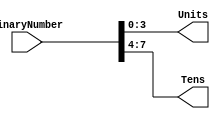
module BinaryCoder
(
	//Input Ports
	input [7:0]BinaryNumber,
	
	//Output Ports
	output [3:0]Units,
	output [3:0]Tens
);



assign Tens = BinaryNumber[7:4];
assign Units  = BinaryNumber[3:0];
	
endmodule